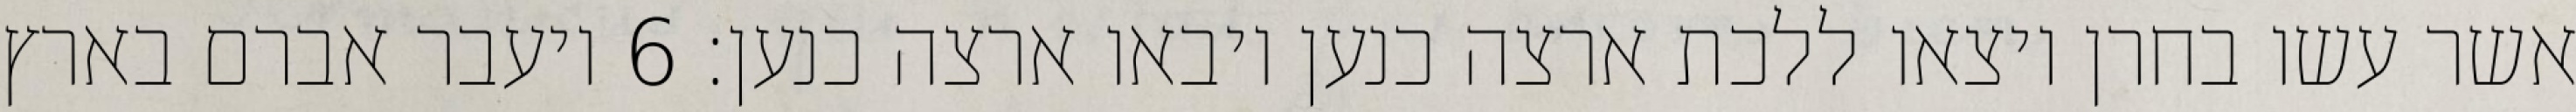
אשר עשו בחרן ויצאו ללכת ארצה כנען ויבאו ארצה כנען׃ ‎6‏ ויעבר אברם בארץ